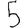
Digit: 5